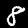
Label: 8